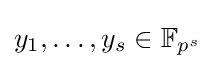
y_{1},\ldots ,y_{s}\in \mathbb {F} _{p^{s}}